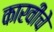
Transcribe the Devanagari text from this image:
कारवीचे